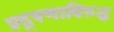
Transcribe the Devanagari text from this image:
प्रदूषणाविरुद्ध